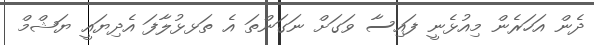
ދެން އަހަރެން މިއުޅެނީ ފައިސާ ވަގަށް ނަގަންތަ އެ ތަޅޅުލާފަ އެދިޔައީ ޔަޝްމް